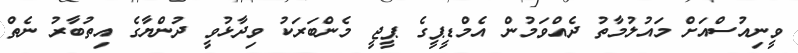
ވީނިއުސްއަށް މައުލުމާތު ދެއްވަމުން އެމްޑީޕީގެ ޕީޖީ މެންބަރަކު ވިދާޅުވީ ދުންޔާގެ އިތުބާރު ނެތް